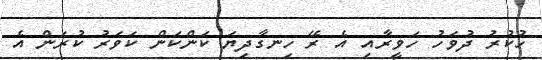
ހުކުރު ދުވަހު ހަވީރާއި އެ ރޭ ހިނގާދިޔަ ކަންކަން ކަވަރު ކުރަން އެ